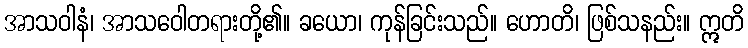
အာသဝါနံ၊ အာသဝေါတရားတို့၏။ ခယော၊ ကုန်ခြင်းသည်။ ဟောတိ၊ ဖြစ်သနည်း။ ဣတိ